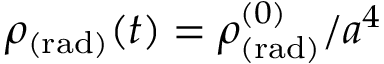
\rho _ { \mathrm { ( r a d ) } } ( t ) = \rho _ { \mathrm { ( r a d ) } } ^ { ( 0 ) } / a ^ { 4 }